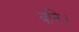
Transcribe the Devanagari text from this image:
बनि।